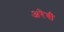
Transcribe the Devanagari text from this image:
अरेबी